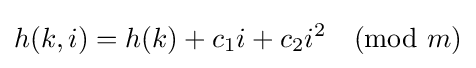
h(k,i)=h(k)+c_{1}i+c_{2}i^{2}{\pmod {m}}